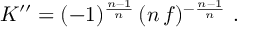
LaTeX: K ^ { \prime \prime } = ( - 1 ) ^ { \frac { n - 1 } { n } } \, ( n \, f ) ^ { - \frac { n - 1 } { n } } \ .